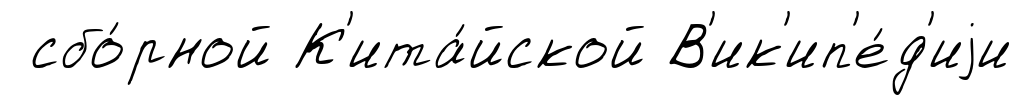
сбо́рной К'ита́йской В'ик'ип'е́д'иjи